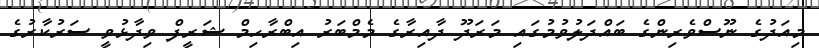
މިއަދުގެ ނޫސްވެރިންގެ ބައްދަލުވުމުގައި މަރަދޫ ދާއިރާގެ މެމްބަރު އިބްރާހިމް ޝަރީފް ވިދާޅުވީ ސަރުކާރުގެ